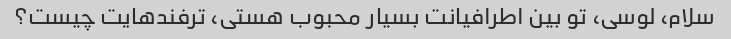
سلام، لوسی، تو بین اطرافیانت بسیار محبوب هستی، ترفندهایت چیست؟